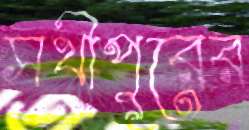
সখীপুরের